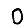
Digit: 0